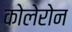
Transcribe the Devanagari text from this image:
कोलेरोन